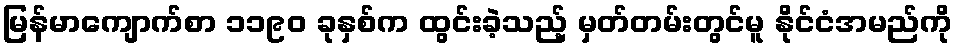
မြန်မာကျောက်စာ ၁၁၉၀ ခုနှစ်က ထွင်းခဲ့သည့် မှတ်တမ်းတွင်မူ နိုင်ငံအမည်ကို